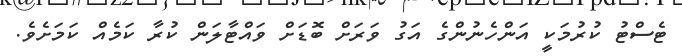
ޓެސްޓު ކުރުމަކީ އަންހެނުންގެ އަގު ވަރަށް ބޮޑަށް ވައްޓާލަން ކުރާ ކަމެއް ކަމަށެވެ.